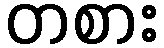
တစား